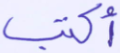
أكتب